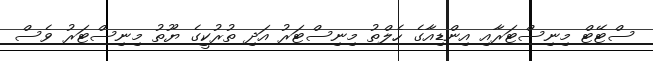
ސްޓޭޓް މިނިސްޓަރާއި އިންޑިއާގެ ހެލްތު މިނިސްޓަރު އަދި ތުރުކީގެ ޔޫތު މިނިސްޓަރު ވެސް